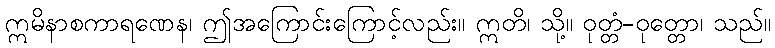
ဣမိနာစကာရဏေန၊ ဤအကြောင်းကြောင့်လည်း။ ဣတိ၊ သို့။ ဝုတ္တံ-ဝုတ္တော၊ သည်။